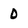
Character: 0